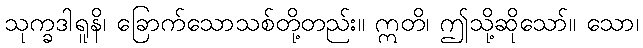
သုက္ခဒါရူနိ၊ ခြောက်သောသစ်တို့တည်း။ ဣတိ၊ ဤသို့ဆိုသော်။ သော၊